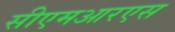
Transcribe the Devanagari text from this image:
सीएमआरएस